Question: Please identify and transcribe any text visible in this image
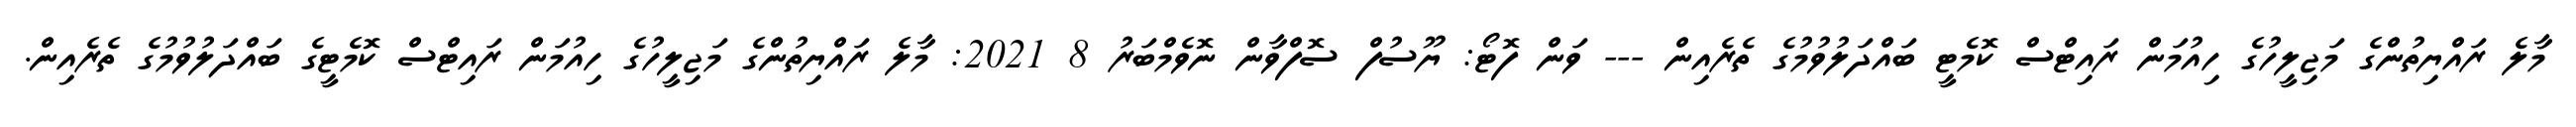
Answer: މާލެ ރައްޔިތުންގެ މަޖިލީހުގެ ހިއުމަން ރައިޓްސް ކޮމެޓީ ބައްދަލުވުމުގެ ތެރެއިން --- ވަން ފޮޓޯ: ޔޫސުފް ސޮފްވާން ނޮވެމްބަރު 8 2021: މާލެ ރައްޔިތުންގެ މަޖިލީހުގެ ހިއުމަން ރައިޓްސް ކޮމެޓީގެ ބައްދަލުވުމުގެ ތެރެއިން.